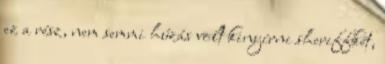
ez a rész, nem semmi húzás volt kinyírni sheriffkét,